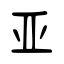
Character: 亚